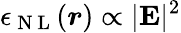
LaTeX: \epsilon_{\mathrm{~N~L~}}({\boldsymbol{r}})\propto|\textbf{E}|^{2}